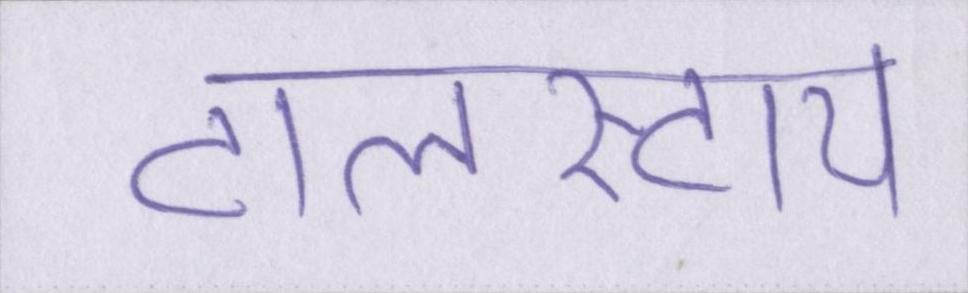
टालस्टाय